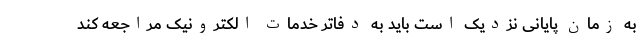
به زمان پایانی نزدیک است باید به دفاتر خدمات الکترونیک مراجعه کند